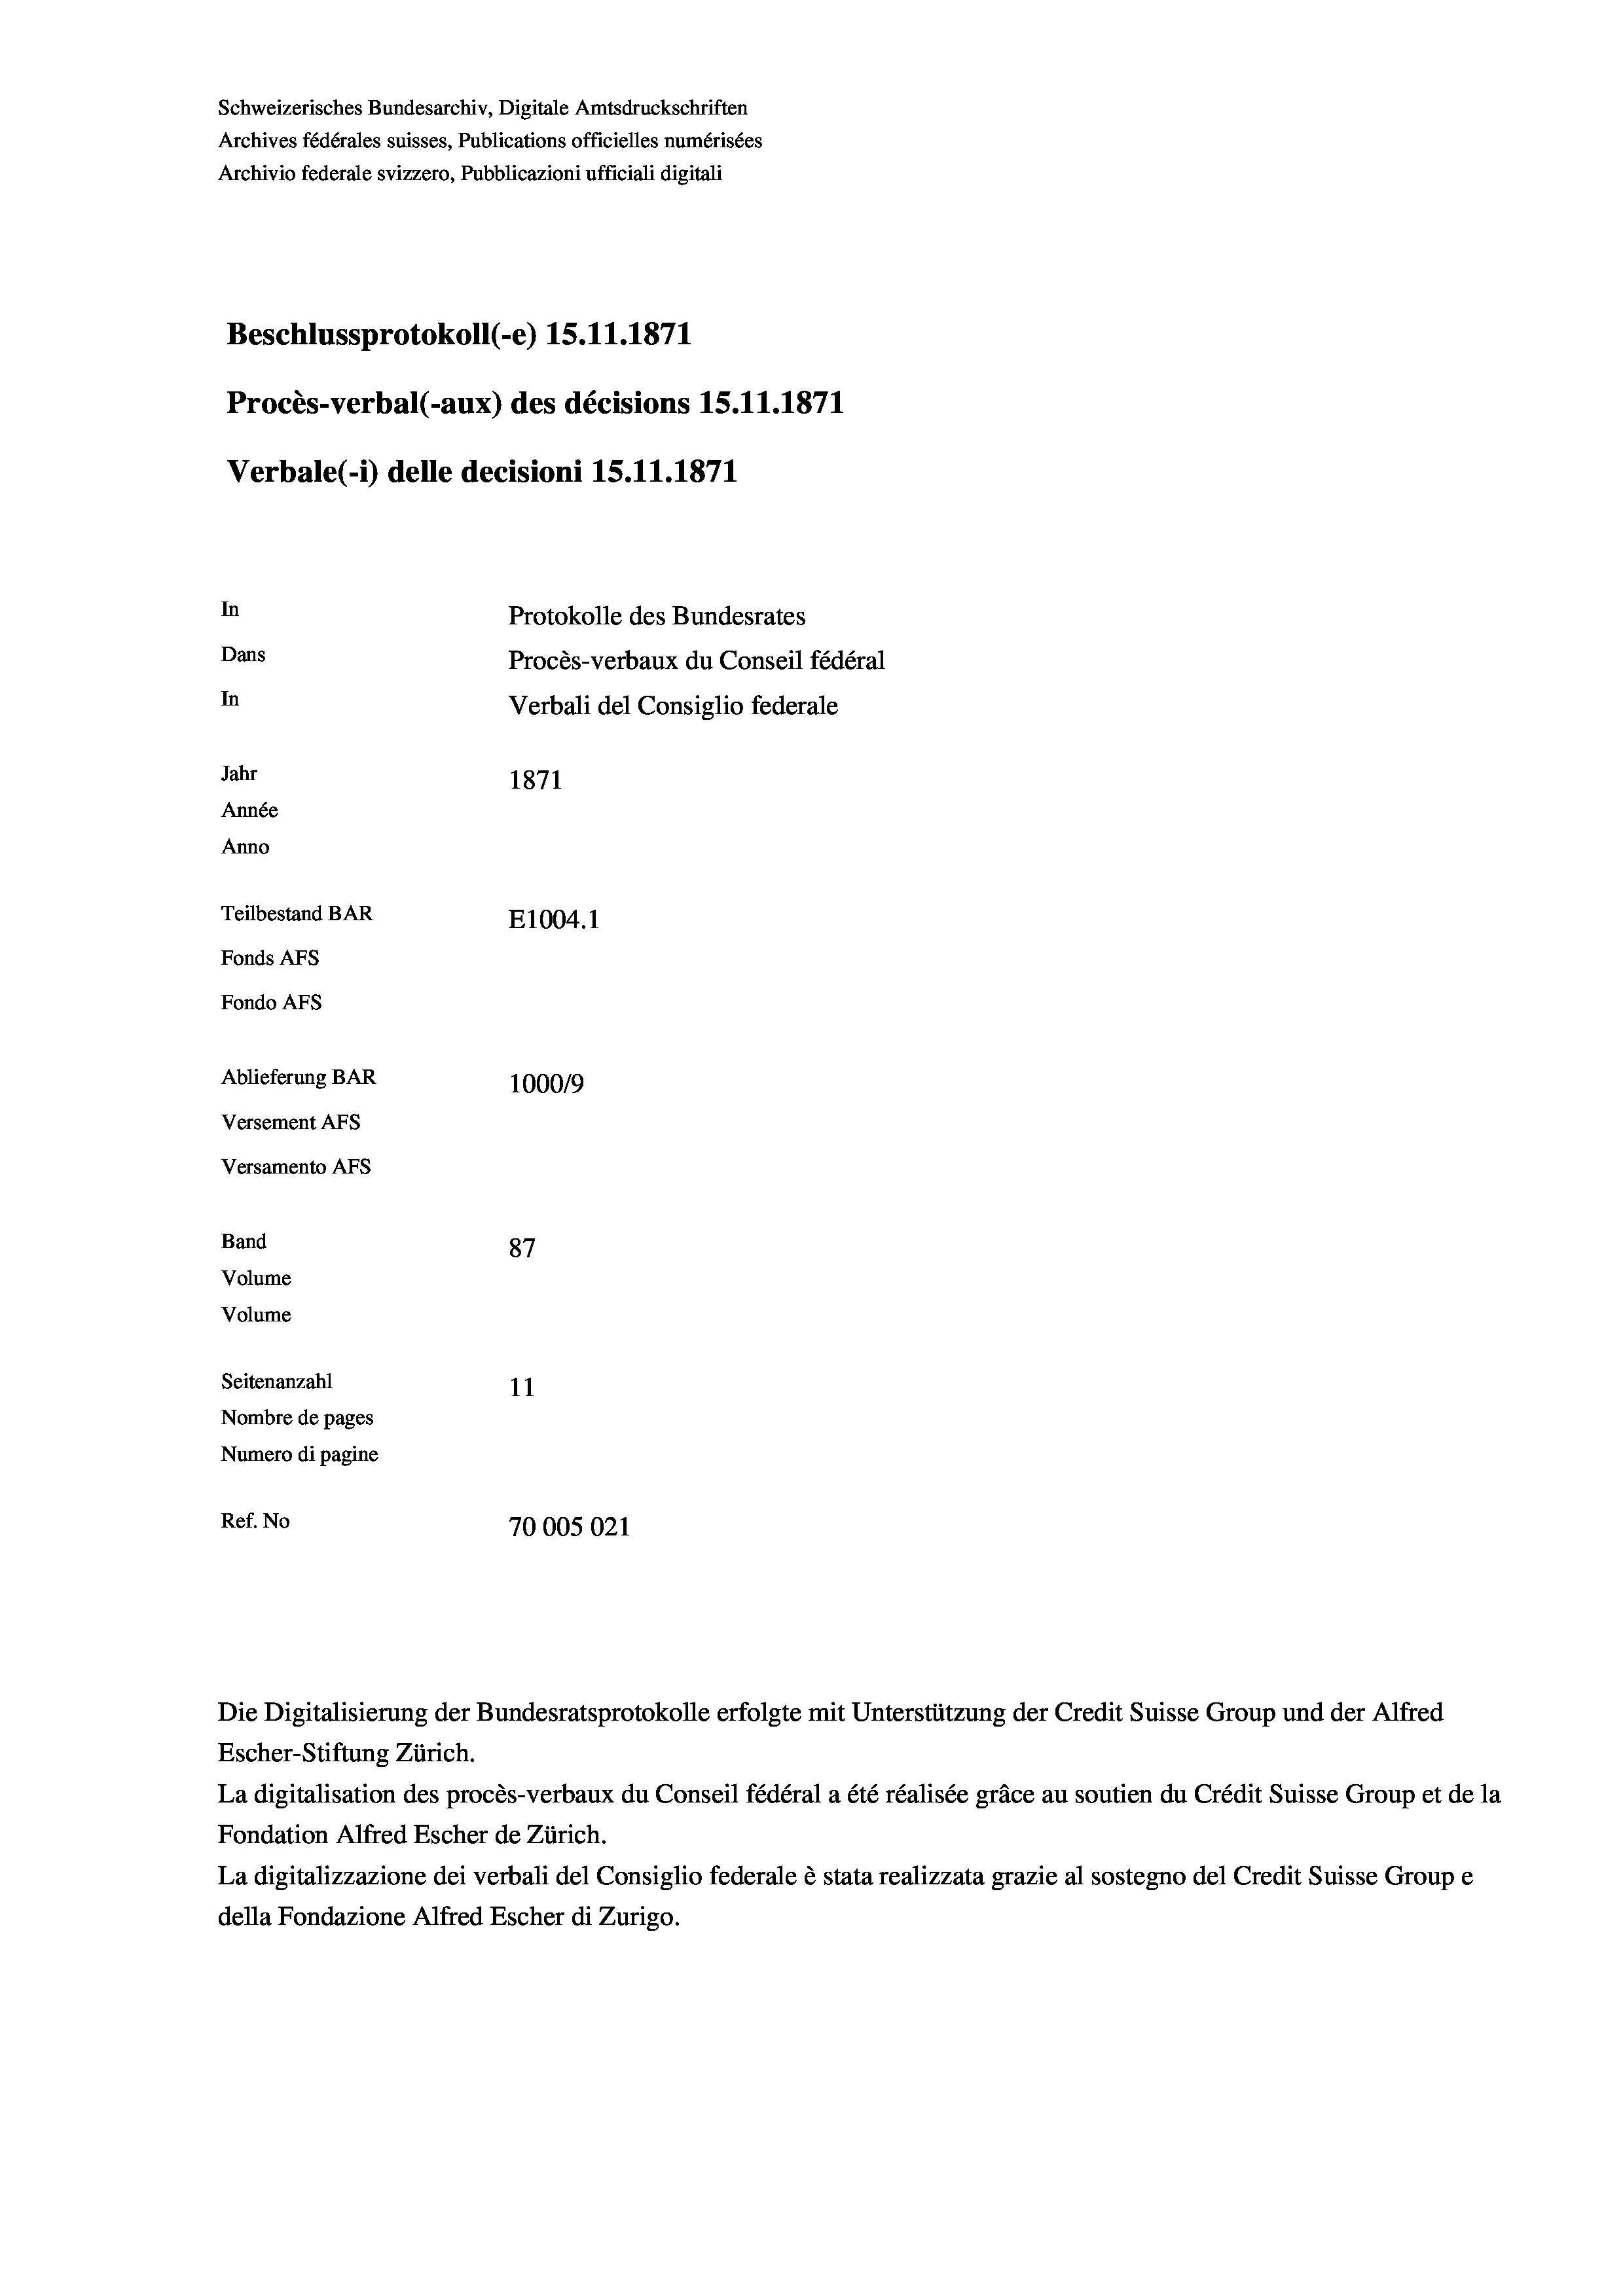
Schweizerisches Bundesarchiv, Digitale Amtsdruckschriften
Archives fédérales suisses, Publications officielles numérisées
Archivio federale svizzero, Pubblicazioni ufficiali digitali
Beschlussprotokoll (-e) 15.11.1871
Procès-verbal (-aux) des décisions 15.11.1871
Verbale (- 1) delle decisioni 15.11.1871
In
Protokolle des Bundesrates
Dans
Procès-verbaux du Conseil fédéral
In
Verbali del Consiglio federale
Jahr
1871
Année
Anno
Teilbestand BAR
E1004.1
Fonds AFs
Fondo AFs
Ablieferung BAR
100019
Versement Abs
Versamento Afs
Band
87
Volume
Volume
Seitenanzahl
11
Nombre de pages
Numero di pagine
Ref. No
70005021

Escher-Stiftung Zürich.
La digitalisation des procès-verbaux du Conseil fédéral a été réalisée gräce au soutien du Crédit Suisse Group et de la
Fondation Alfred Escher de Zürich.
La digitalizzazione dei verbali del Consiglio federale è stata realizzata grazie al sostegno del Credit Suisse Groupe
della Fondazione Alfred Escher di Zurigo.

Die Digitalisierung der Bundesratsprotokolle erfolgte mit Unterstützung der Credit Suisse Group und der Alfred